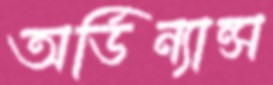
অর্ডিন্যান্স